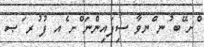
ްށ ޭބ ުނ ްނވާ ސިފައިންނަ ްށ ެއ ފު ުރ ަޞ